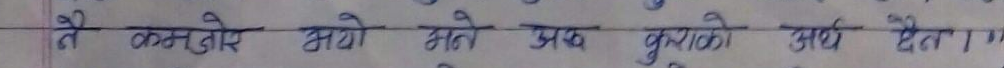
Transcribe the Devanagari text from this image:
ते कमजोर भये भने अब पूराको अर्थ देता ।